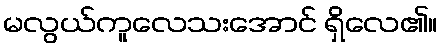
မလွယ်ကူလေသးအောင် ရှိလေ၏။